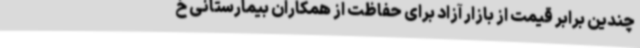
چندین برابر قیمت از بازار آزاد برای حفاظت از همکاران بیمارستانی خ